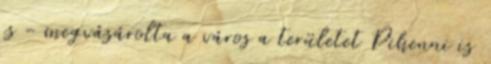
is - megvásárolta a város a területet Pihenni is